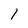
Character: l